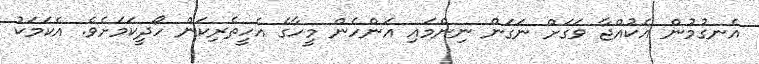
އެނގުމުން އެކުއްޖާ ވަގަށް ނަގަން ނިންމައި އަންހެން މީހާގެ އެހީތެރިކަން ހޯދީކަމަށެވެ. އެކަމަކު